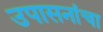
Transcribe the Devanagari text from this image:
उपासनांचा